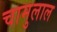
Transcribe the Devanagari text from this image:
चामुलाल